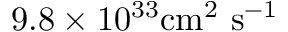
9 . 8 \times 1 0 ^ { 3 3 } \mathrm { { c m } ^ { 2 } \ \mathrm { { s } ^ { - 1 } } }